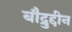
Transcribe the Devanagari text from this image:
बौद्रुद्दीन